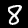
Digit: 8